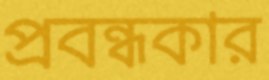
প্রবন্ধকার